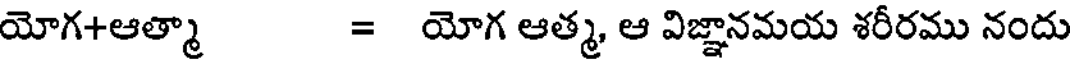
యోగ+ఆత్మా = యోగ ఆత్మ, ఆ విజ్ఞానమయ శరీరము నందు